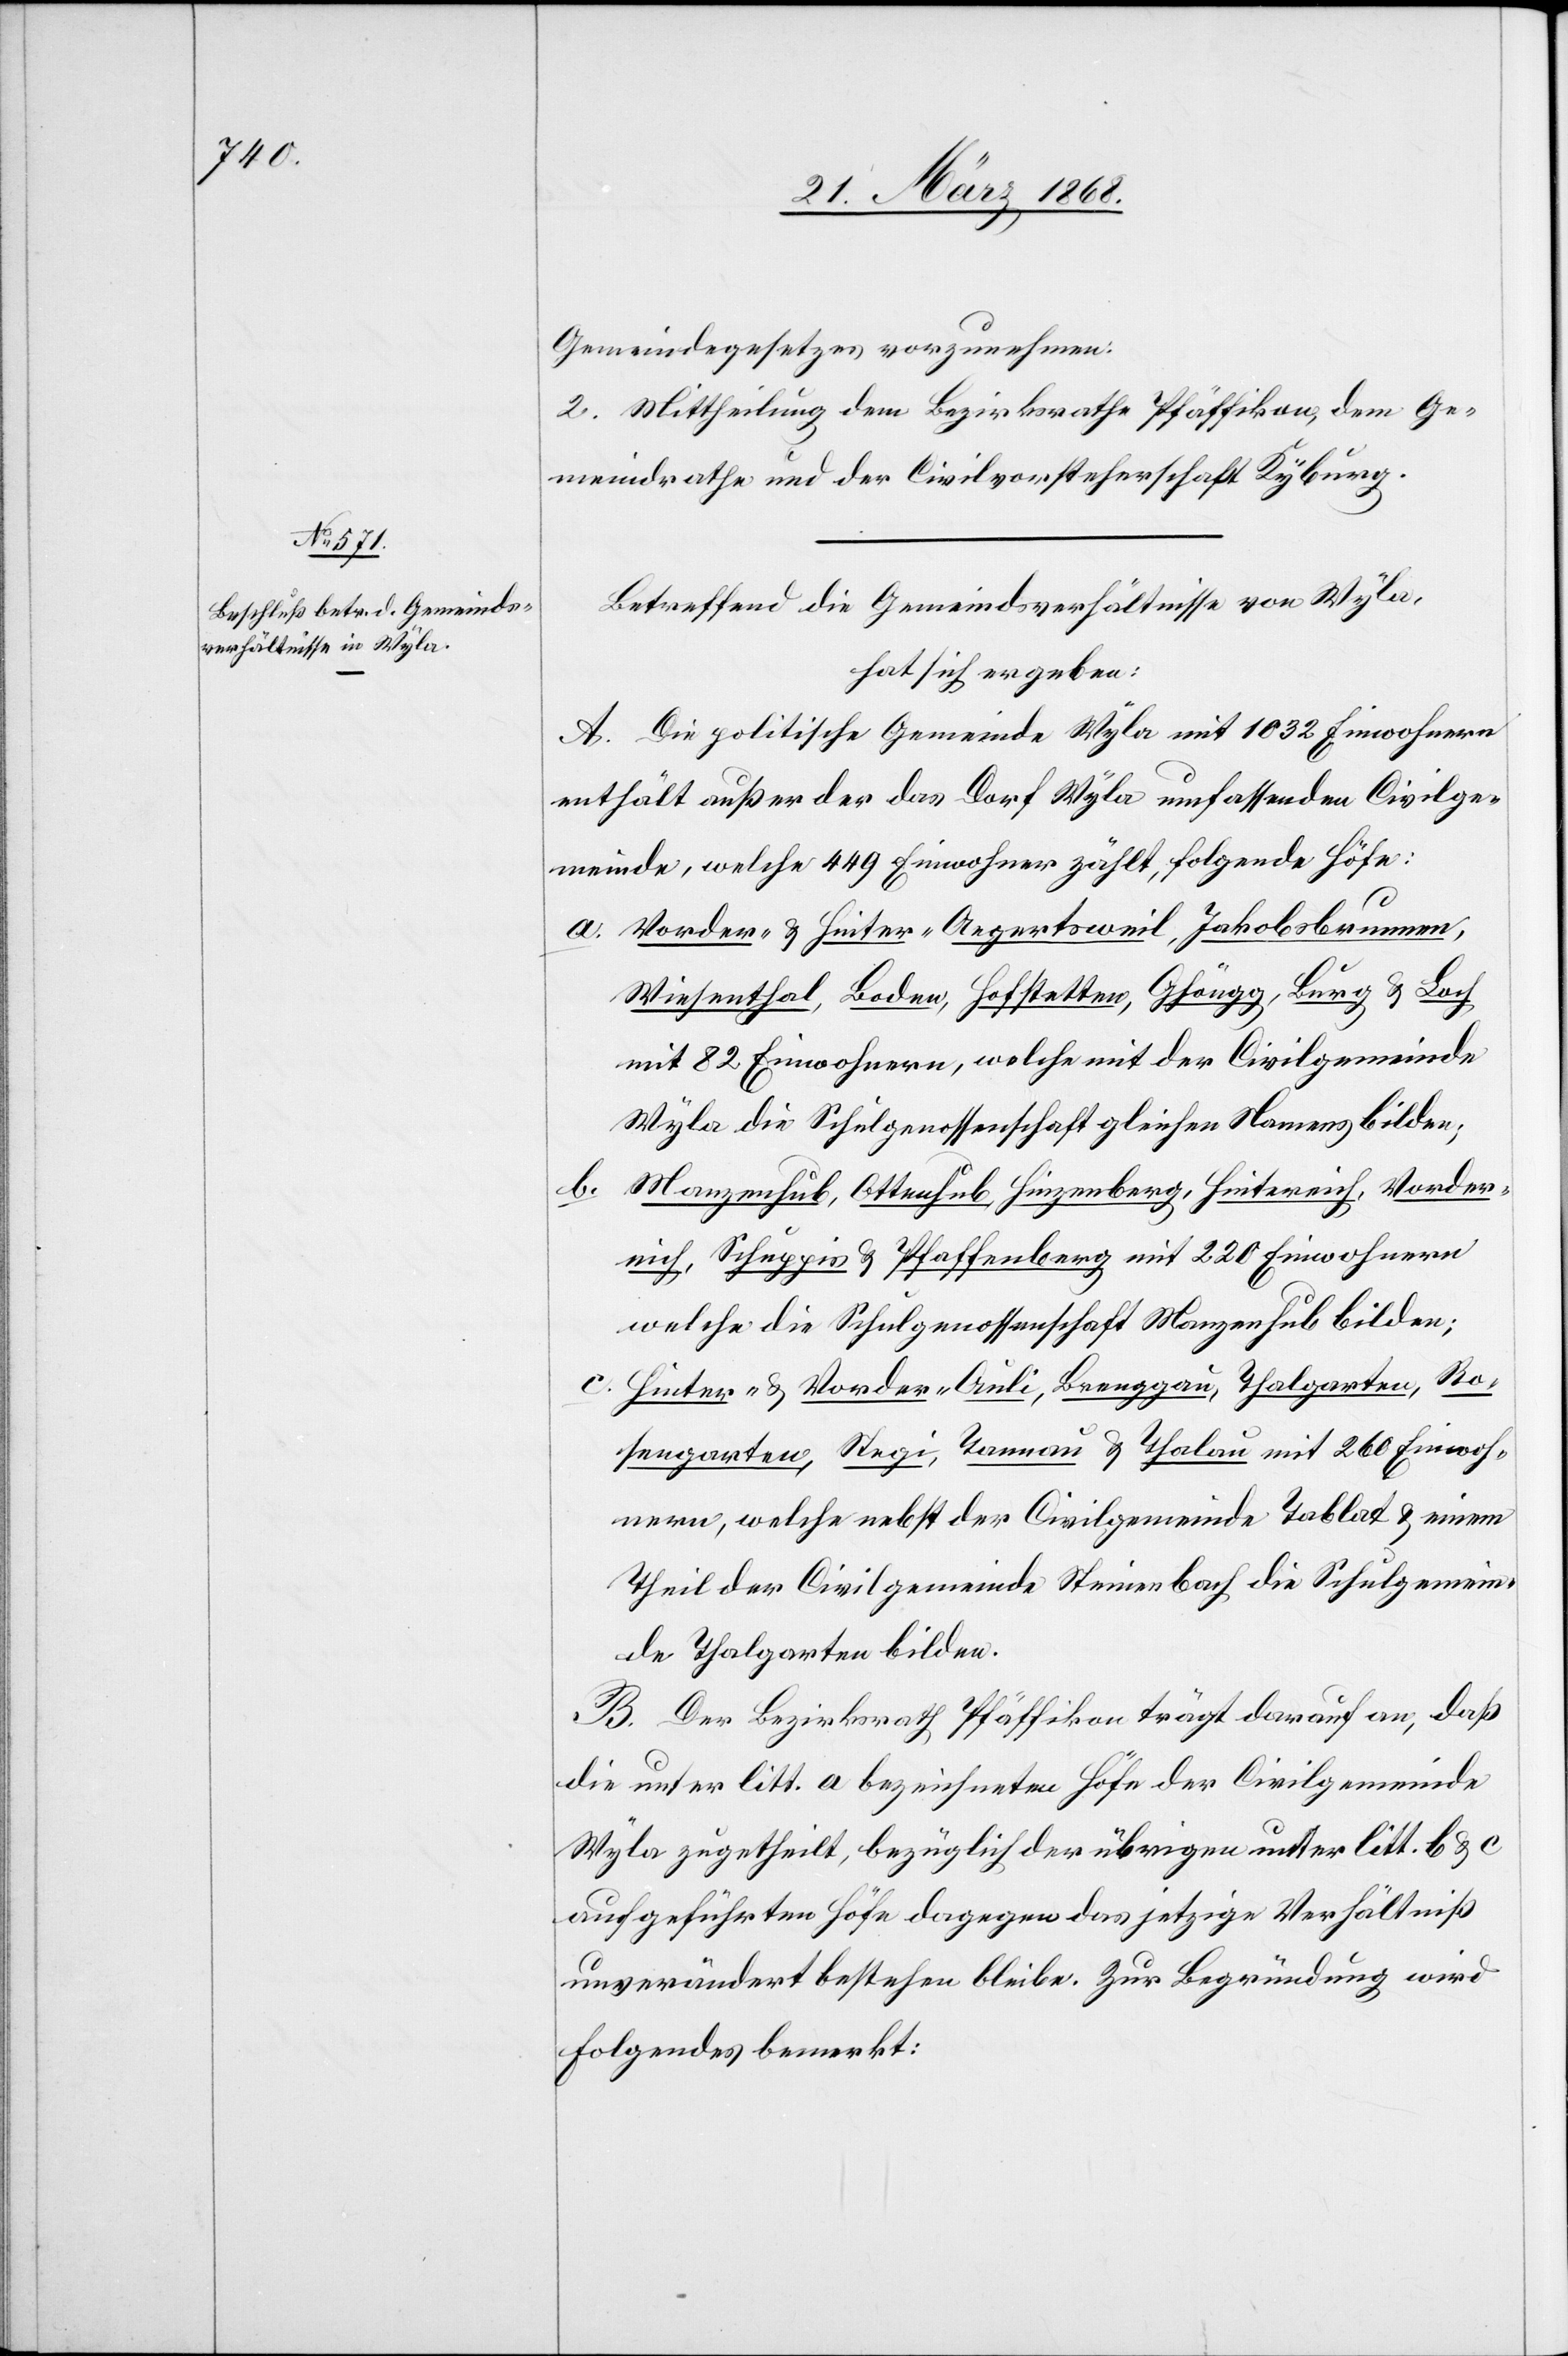
Gemeindegesetzes vorzunehmen.
2. Mittheilung dem Bezirksrathe Pfäffikon, dem Ge¬
meindrathe und der Civilvorsteherschaft Kyburg.
Betreffend die Gemeindsverhältnisse von Wyla,
hat sich ergeben:
A. Die politische Gemeinde Wyla mit 1032 Einwohnern
enthält außer der das Dorf Wyla umfassenden Civilge¬
meinde, welche 449 Einwohner zählt, folgende Höfe:
a.
Vorder- & Hinter-Aegertsweil, Jakobsbrunnen,
Wiesenthal, Boden, Hofstetten, Ghöngg, Burg & Loch
mit 82 Einwohnern, welche mit der Civilgemeinde
Wyla die Schulgenossenschaft gleichen Namens bilden;
b.
Manzenhub, Ottenhub, Hinzenberg, Hintereich, Vorder¬
eich, Schuppis & Pfaffenberg mit 220 Einwohnern
welche die Schulgenossenschaft Manzenhub bilden;
c.
Hinter- & Vorder-Auli, Brenggau, Thalgarten, Ro¬
sengarten, Stegi, Tannau & Thalau mit 260 Einwoh¬
nern, welche nebst der Civilgemeinde Tablat & einem
Theil der Civilgemeinde Steinenbach die Schulgemein¬
de Thalgarten bilden.
B. Der Bezirksrath Pfäffikon trägt darauf an, daß
die unter litt. a bezeichneten Höfe der Civilgemeinde
Wyla zugetheilt, bezüglich der übrigen unter litt. b & c
aufgeführten Höfe dagegen das jetzige Verhältniß
unverändert bestehen bleibe. Zur Begründung wird
Folgendes bemerkt: